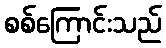
စစ်ကြောင်းသည်